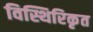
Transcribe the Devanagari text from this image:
विस्थिरिकृत